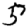
Digit: 5